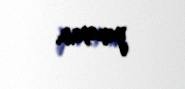
yanaşsın.